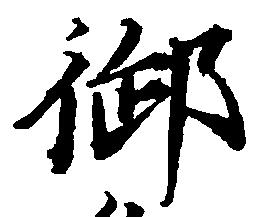
御